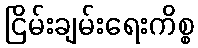
ငြိမ်းချမ်းရေးကိစ္စ